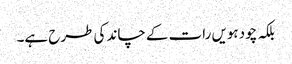
بلکہ چودہویں رات کے چاند کی طرح ہے۔